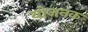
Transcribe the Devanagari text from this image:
योजनक